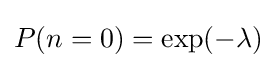
P(n=0)=\exp(-\lambda )